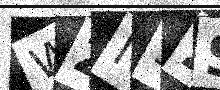
Text: WZN52S